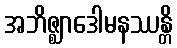
အဘိဇ္ဈာဒေါမနဿန္တိ